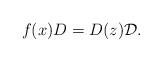
LaTeX: \begin{align*}f(x)D=D(z)\mathcal D. \end{align*}